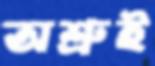
অশ্রুই